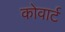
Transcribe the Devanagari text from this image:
कोवार्ट